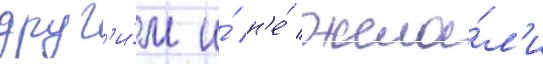
друг'и́м и́ н'е́ жела́л'и